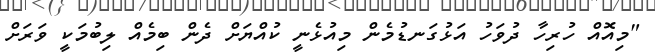
"މިއޮއް ހުރިހާ ދުވަހު އަޅުގަނޑުމެން މިއުޅެނީ ކުއްޔަށް ދެން ބިމެއް ލިބުމަކީ ވަރަށް